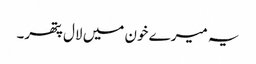
یہ میرے خون میں لال پتھر۔